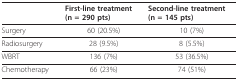
<table><thead><tr><td></td><td><b>First-line treatment (n = 290 pts)</b></td><td><b>Second-line treatment (n = 145 pts)</b></td></tr></thead><tbody><tr><td>Surgery</td><td>60 (20.5%)</td><td>10 (7%)</td></tr><tr><td>Radiosurgery</td><td>28 (9.5%)</td><td>8 (5.5%)</td></tr><tr><td>WBRT</td><td>136 (7%)</td><td>53 (36.5%)</td></tr><tr><td>Chemotherapy</td><td>66 (23%)</td><td>74 (51%)</td></tr></tbody></table>